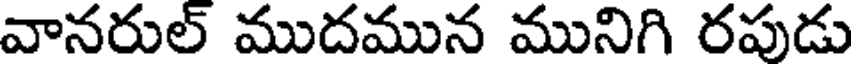
వానరుల్ ముదమున మునిగి రపుడు